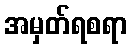
အမှတ်ရစရာ